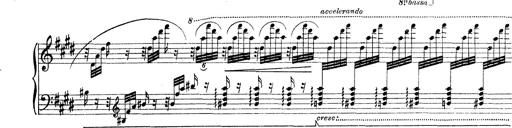
Title: Rapsodie: 19 ungheresi, 1 spagnuola
Composer: Franz Liszt